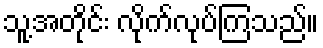
သူ့အတိုင်း လိုက်လုပ်ကြသည်။